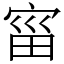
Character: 𫳗